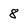
Character: 8